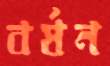
বর্ষন